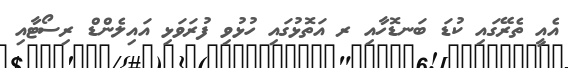
އެއީ ތެރޭގައި ކުޑަ ބަނޑޮހާއި ރ އަތޮޅުގައި ހުޅުވި ފުރަވަޅި އައިލެންޑް ރިސޯޓާއި